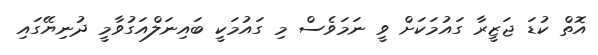
އޮތް ކުޑަ ޖަޒީރާ ގައުމަކަށް ވީ ނަމަވެސް މި ގައުމަކީ ބައިނަލްއަގުވާމީ ދުނިޔޭގައި